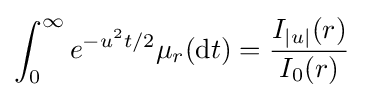
\int _{0}^{\infty }e^{-u^{2}t/2}\mu _{r}(\mathrm {d} t)={\frac {I_{|u|}(r)}{I_{0}(r)}}\quad